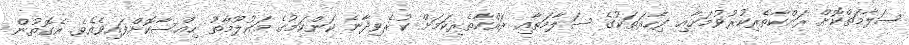
ސަލާމަތްކޮށް ރައްކާތެރިކުރުވުމަށާއި ފިހާރަތަކުގެ ސަލާމަތާއި ރައްކާތެރިކަމަށް ކުރެވިދާނެ ކަންކަމުގެ މައުލޫމާތު ހިއްސާކޮށްފައިވެއެވެ. އެގޮތުން